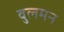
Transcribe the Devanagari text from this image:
वुलमन